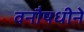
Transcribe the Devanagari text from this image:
वनौषधीने